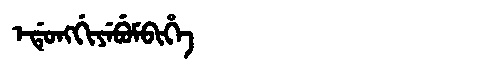
Manchu: ᡝᡩᡠᠩᡤᡳᠶᡝᠪᡠᠮᠪᡳᡥᡝ
Romanization: EDUNGGIYEBUMBIHE